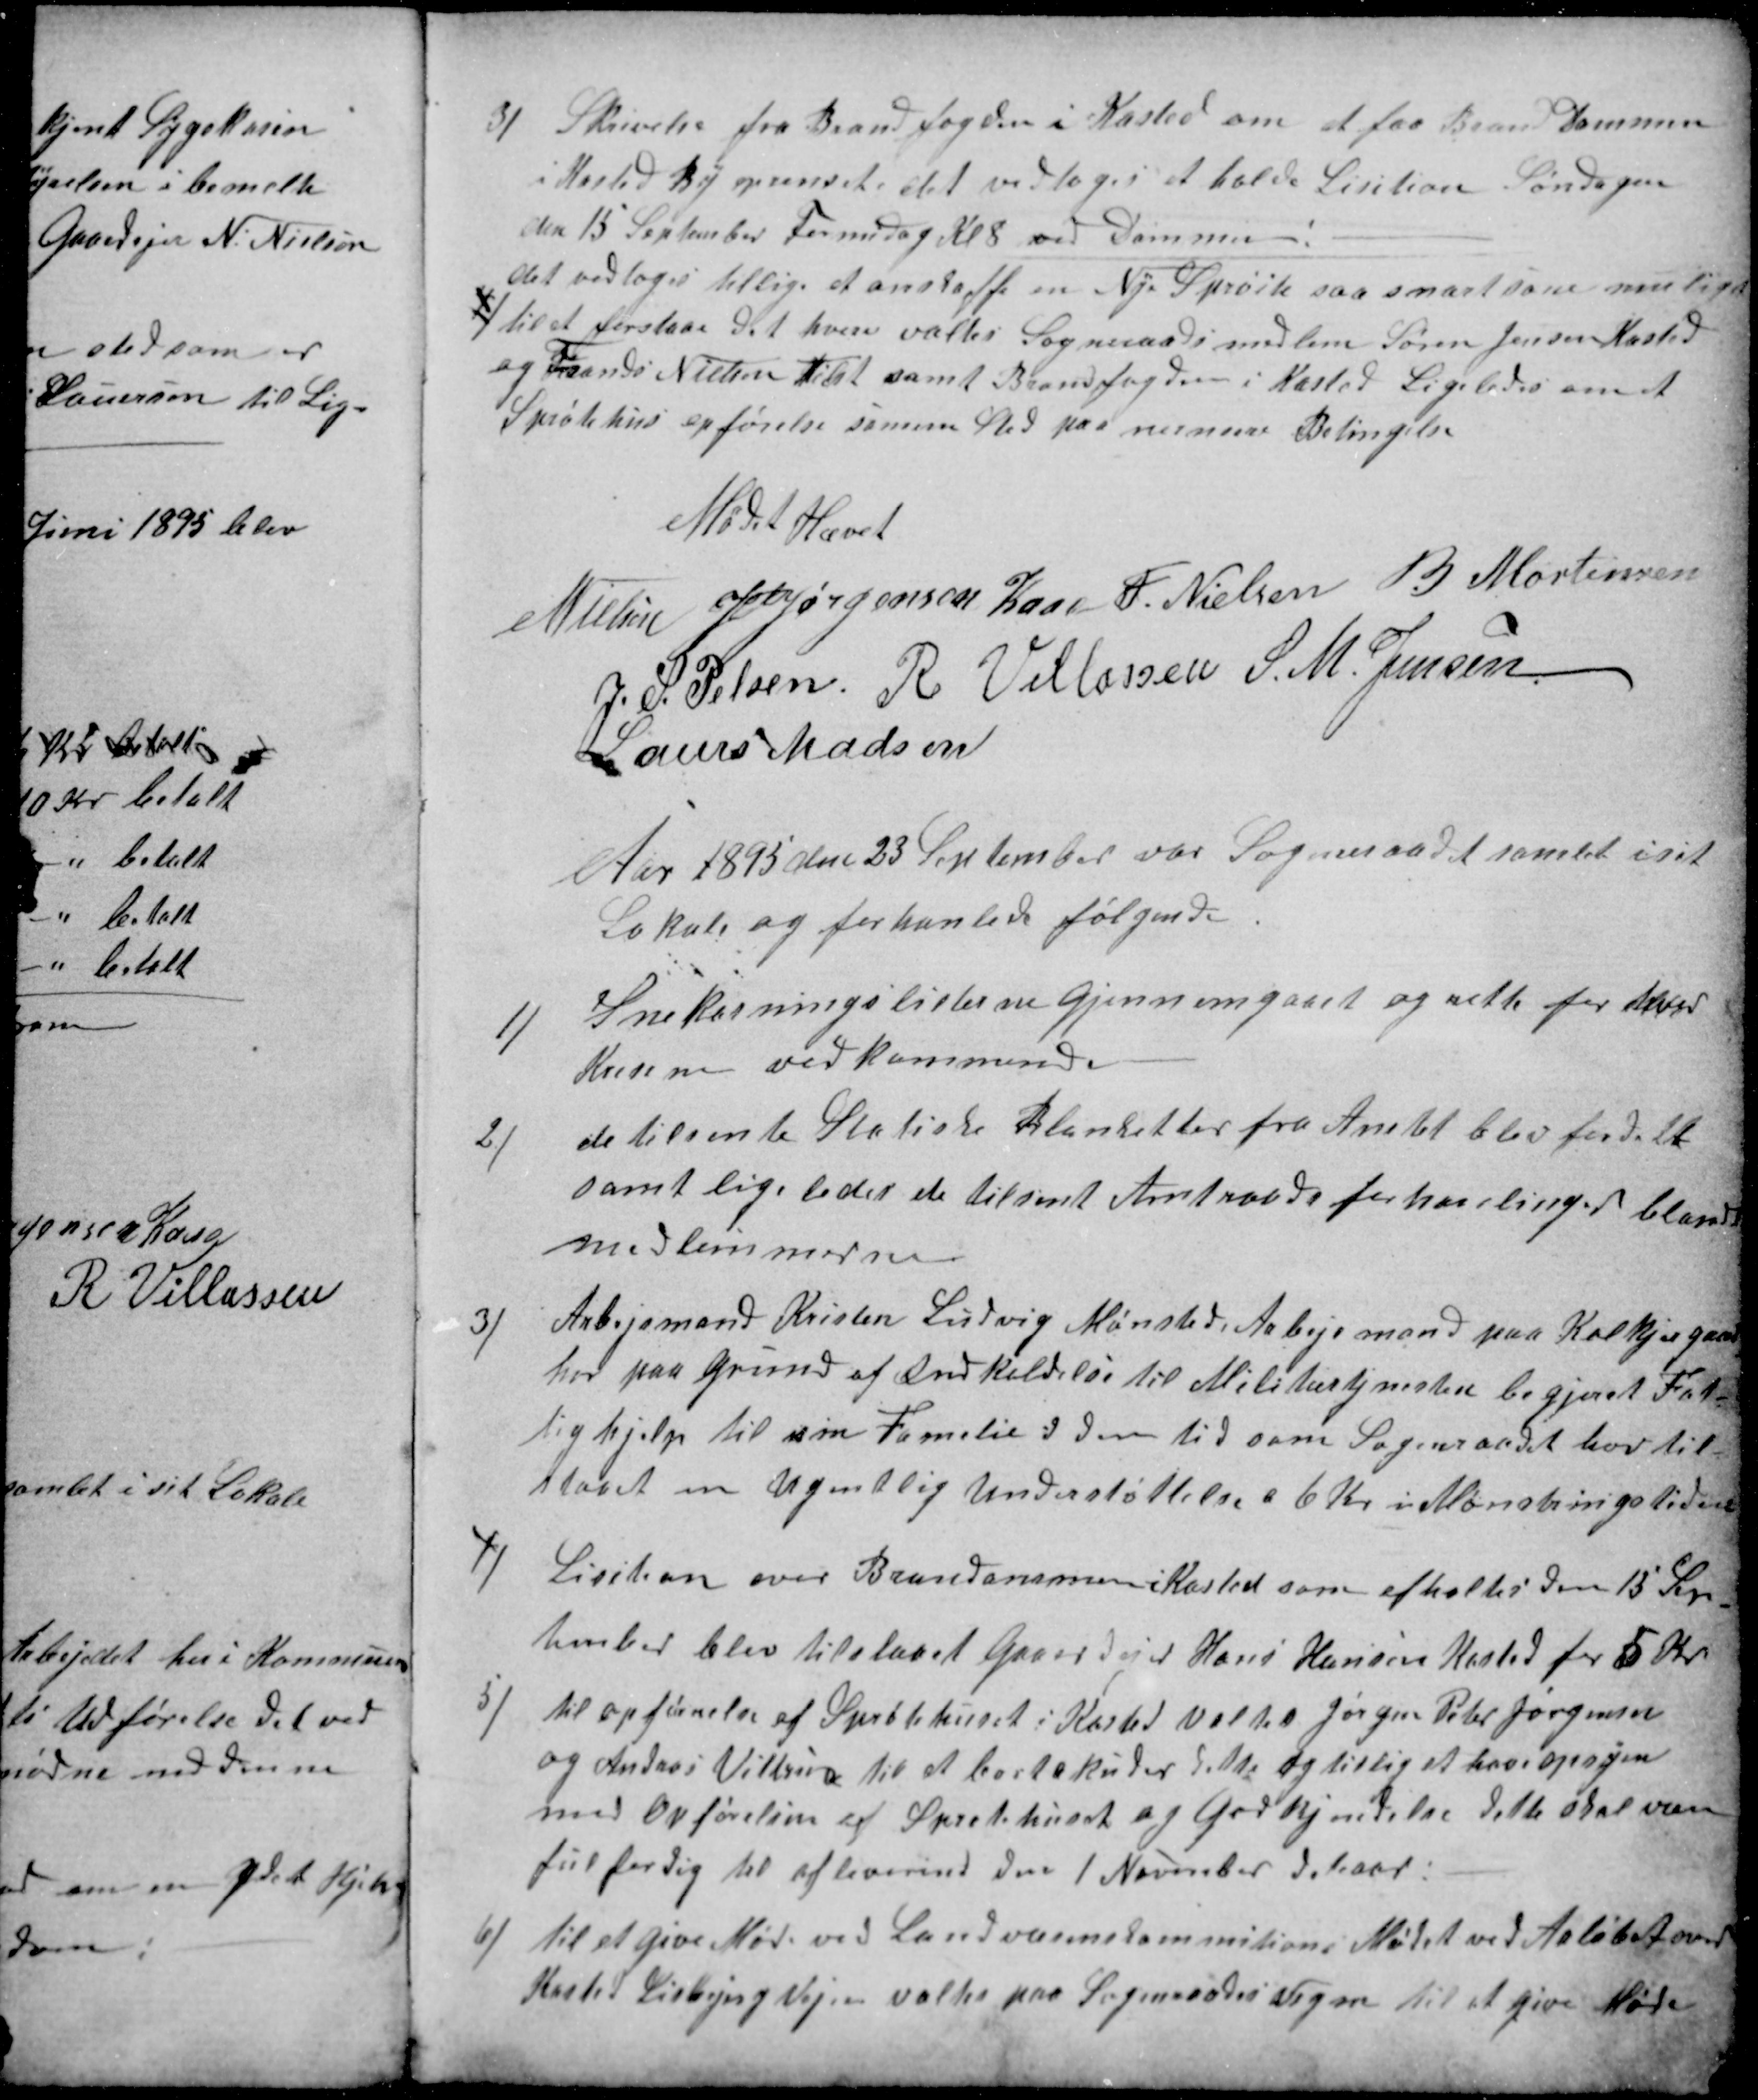
Transskription:
3)
Skrivelse fra Brandfogden i Kasted om at faa Brand Dammen
i Kasted By oprenset det vedtoges at holde Lisition Søndagen
den 15 September Formidag Kl 8 ved Dammen
det vedtoges tillige at anskaffe en Ny Sprøite saa snart som muligt
4)
til at forestaae det hverv valtes Sogneraadsmedlem Søren Jensen Kasted
og Frands Nielsen Tilst samt Brandfogden i Kasted Ligeledes om et
Sprøtehus opførelse samme Sted paa nermere Betingelse
Mødet Hævet
N Nielsen
J P Jørgensen Kaae
F. Nielsen
B Mortensen
J. S. Pelsen
R. Villasen
S. M. Jensen
Laurs Madsen
Aar 1895 den 23 September var Sogneraadet samlet i sit
Lokale og forhanlede følgende
1)
Snekasningslisterne Gjennemgaaet og rette for hver
Kredsen vedkommende
2)
de tilsente Statiske Blanketter fra Amtet blev fordelt
samt ligeledes de tilsent Amtraadsforhanlinger blandt
medlemmerne
3)
Arbejsmand Kristen Ludvig Mønsted, Arbejsmand paa Kolkjergaard
har paa Grund af Indkaldelse til Militærtjenesten begjeret Fat-
tighjelp til sin Familie i den tid som Sogneraadet har til-
staaet en Ugentlig Understøttelse a 6 Kr i Mønstringstiden
4)
Lisition over Brandammen i Kasted som afholtes den 15 Sep-
tember blev tilstaaet Gaardejer Hans Hansen Kasted for 5 Kr
5)
til opførelse af Sprøtehuset i Kasted Valtes Jørgen Peter Jørgensen
og Andreas Vittrup til at bortakuder dette og tillig at have opsyen
med Opførelsen af Sprøtehuset og Godkjendelse dette skal være
ful ferdig til afleverind den 1 November d. Aar:
6)
til et give Møde ved Landvæsenskommitions Mødet ved Aaløbet over
Kasted Lisbjerg Vejen valtes paa Sogneraades Vegne til at give Møde